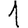
Digit: 1